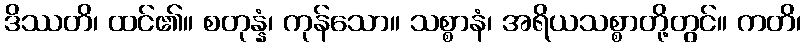
ဒိဿတိ၊ ထင်၏။ စတုန္နံ၊ ကုန်သော။ သစ္စာနံ၊ အရိယသစ္စာတို့တွင်။ ကတိ၊